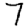
Digit: 7